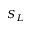
S _ { L }